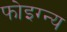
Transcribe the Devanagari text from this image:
फोइग्न्य